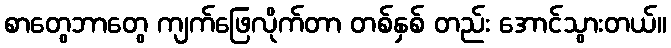
စာတွေဘာတွေ ကျက်ဖြေလိုက်တာ တစ်နှစ် တည်း အောင်သွားတယ်။